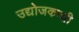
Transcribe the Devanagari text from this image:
उद्योजकाशी